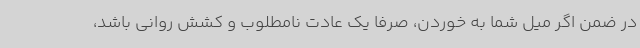
در ضمن اگر میل شما به خوردن، صرفا یک عادت نامطلوب و کشش روانی باشد،